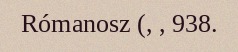
Rómanosz (, , 938.